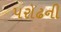
પરોઢની